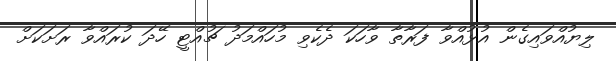
ލިޔުއްވައިގެން އުޅުއްވާ ފަރާތާ ވާހަކަ ދެކެވި މުހައްމަދު ޗުއްޓީ ހޭދަ ކުރައްވާ ރަށަކަށް